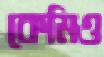
কেমিও